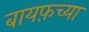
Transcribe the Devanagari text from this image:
बायफ़च्या